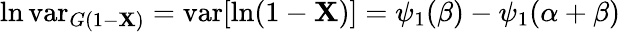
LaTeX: \ln\operatorname{var}_{G(1-\mathbf{X})}=\operatorname{var}[\ln(1-\mathbf{X})]=\psi_{1}(\beta)-\psi_{1}(\alpha+\beta)